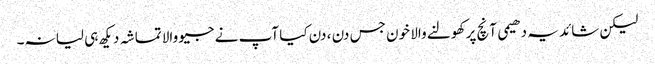
لیکن شائد یہ دھیمی آنچ پر کھولنے والا خون جس دن ، دن کیا آپ نے جیو والا تماشہ دیکھ ہی لیا نہ۔